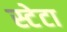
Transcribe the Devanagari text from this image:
स्टेटा